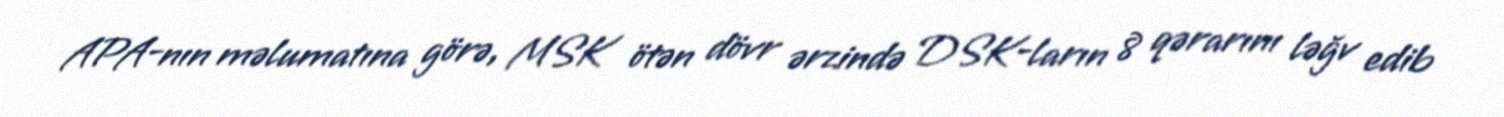
APA-nın məlumatına görə, MSK ötən dövr ərzində DSK-ların 8 qərarını ləğv edib